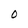
Character: O